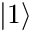
\left\vert 1 \right\rangle